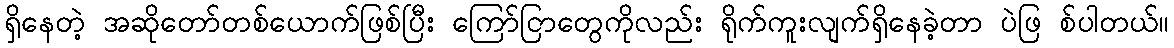
ရှိနေတဲ့ အဆိုတော်တစ်ယောက်ဖြစ်ပြီး ကြော်ငြာတွေကိုလည်း ရိုက်ကူးလျက်ရှိနေခဲ့တာ ပဲဖြ စ်ပါတယ်။